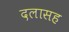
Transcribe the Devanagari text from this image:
दलासह